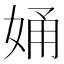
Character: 㛚